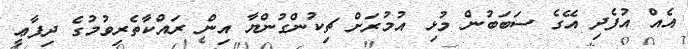
އެއް އުފެދި އޭގެ ސަބަބުން މުޅި އުމުރަށް ޗިކުންގުންޔާ އިން ރައްކާތެރިވުމުގެ ދިފާޢީ